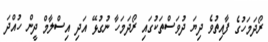
ރޯދަމަހުގެ ފާއިތުވެ ދިޔަ ދުވަސްތަކުގައި ރޯދަމަހާ ނުގުޅޭ އަދި އިސްލާމް ދީން ހުއްދަ